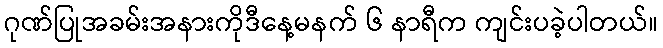
ဂုဏ်ပြုအခမ်းအနားကိုဒီနေ့မနက် ၆ နာရီက ကျင်းပခဲ့ပါတယ်။